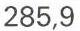
285,9